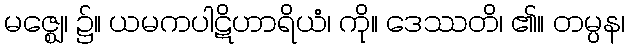
မဇ္ဈေ၊ ၌။ ယမကပါဋိဟာရိယံ၊ ကို။ ဒေဿတိ၊ ၏။ တမ္ပန၊